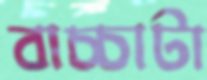
বাচ্চাটা